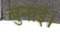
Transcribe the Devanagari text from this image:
बुनाई।